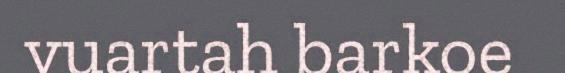
vuartah barkoe